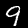
Label: 9